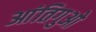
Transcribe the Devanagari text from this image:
आंतिगुओ